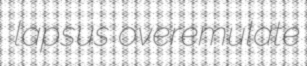
lapsus overemulate